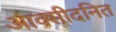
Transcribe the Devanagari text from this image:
आक्सीदनित